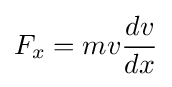
F_{x}=mv{\frac {dv}{dx}}